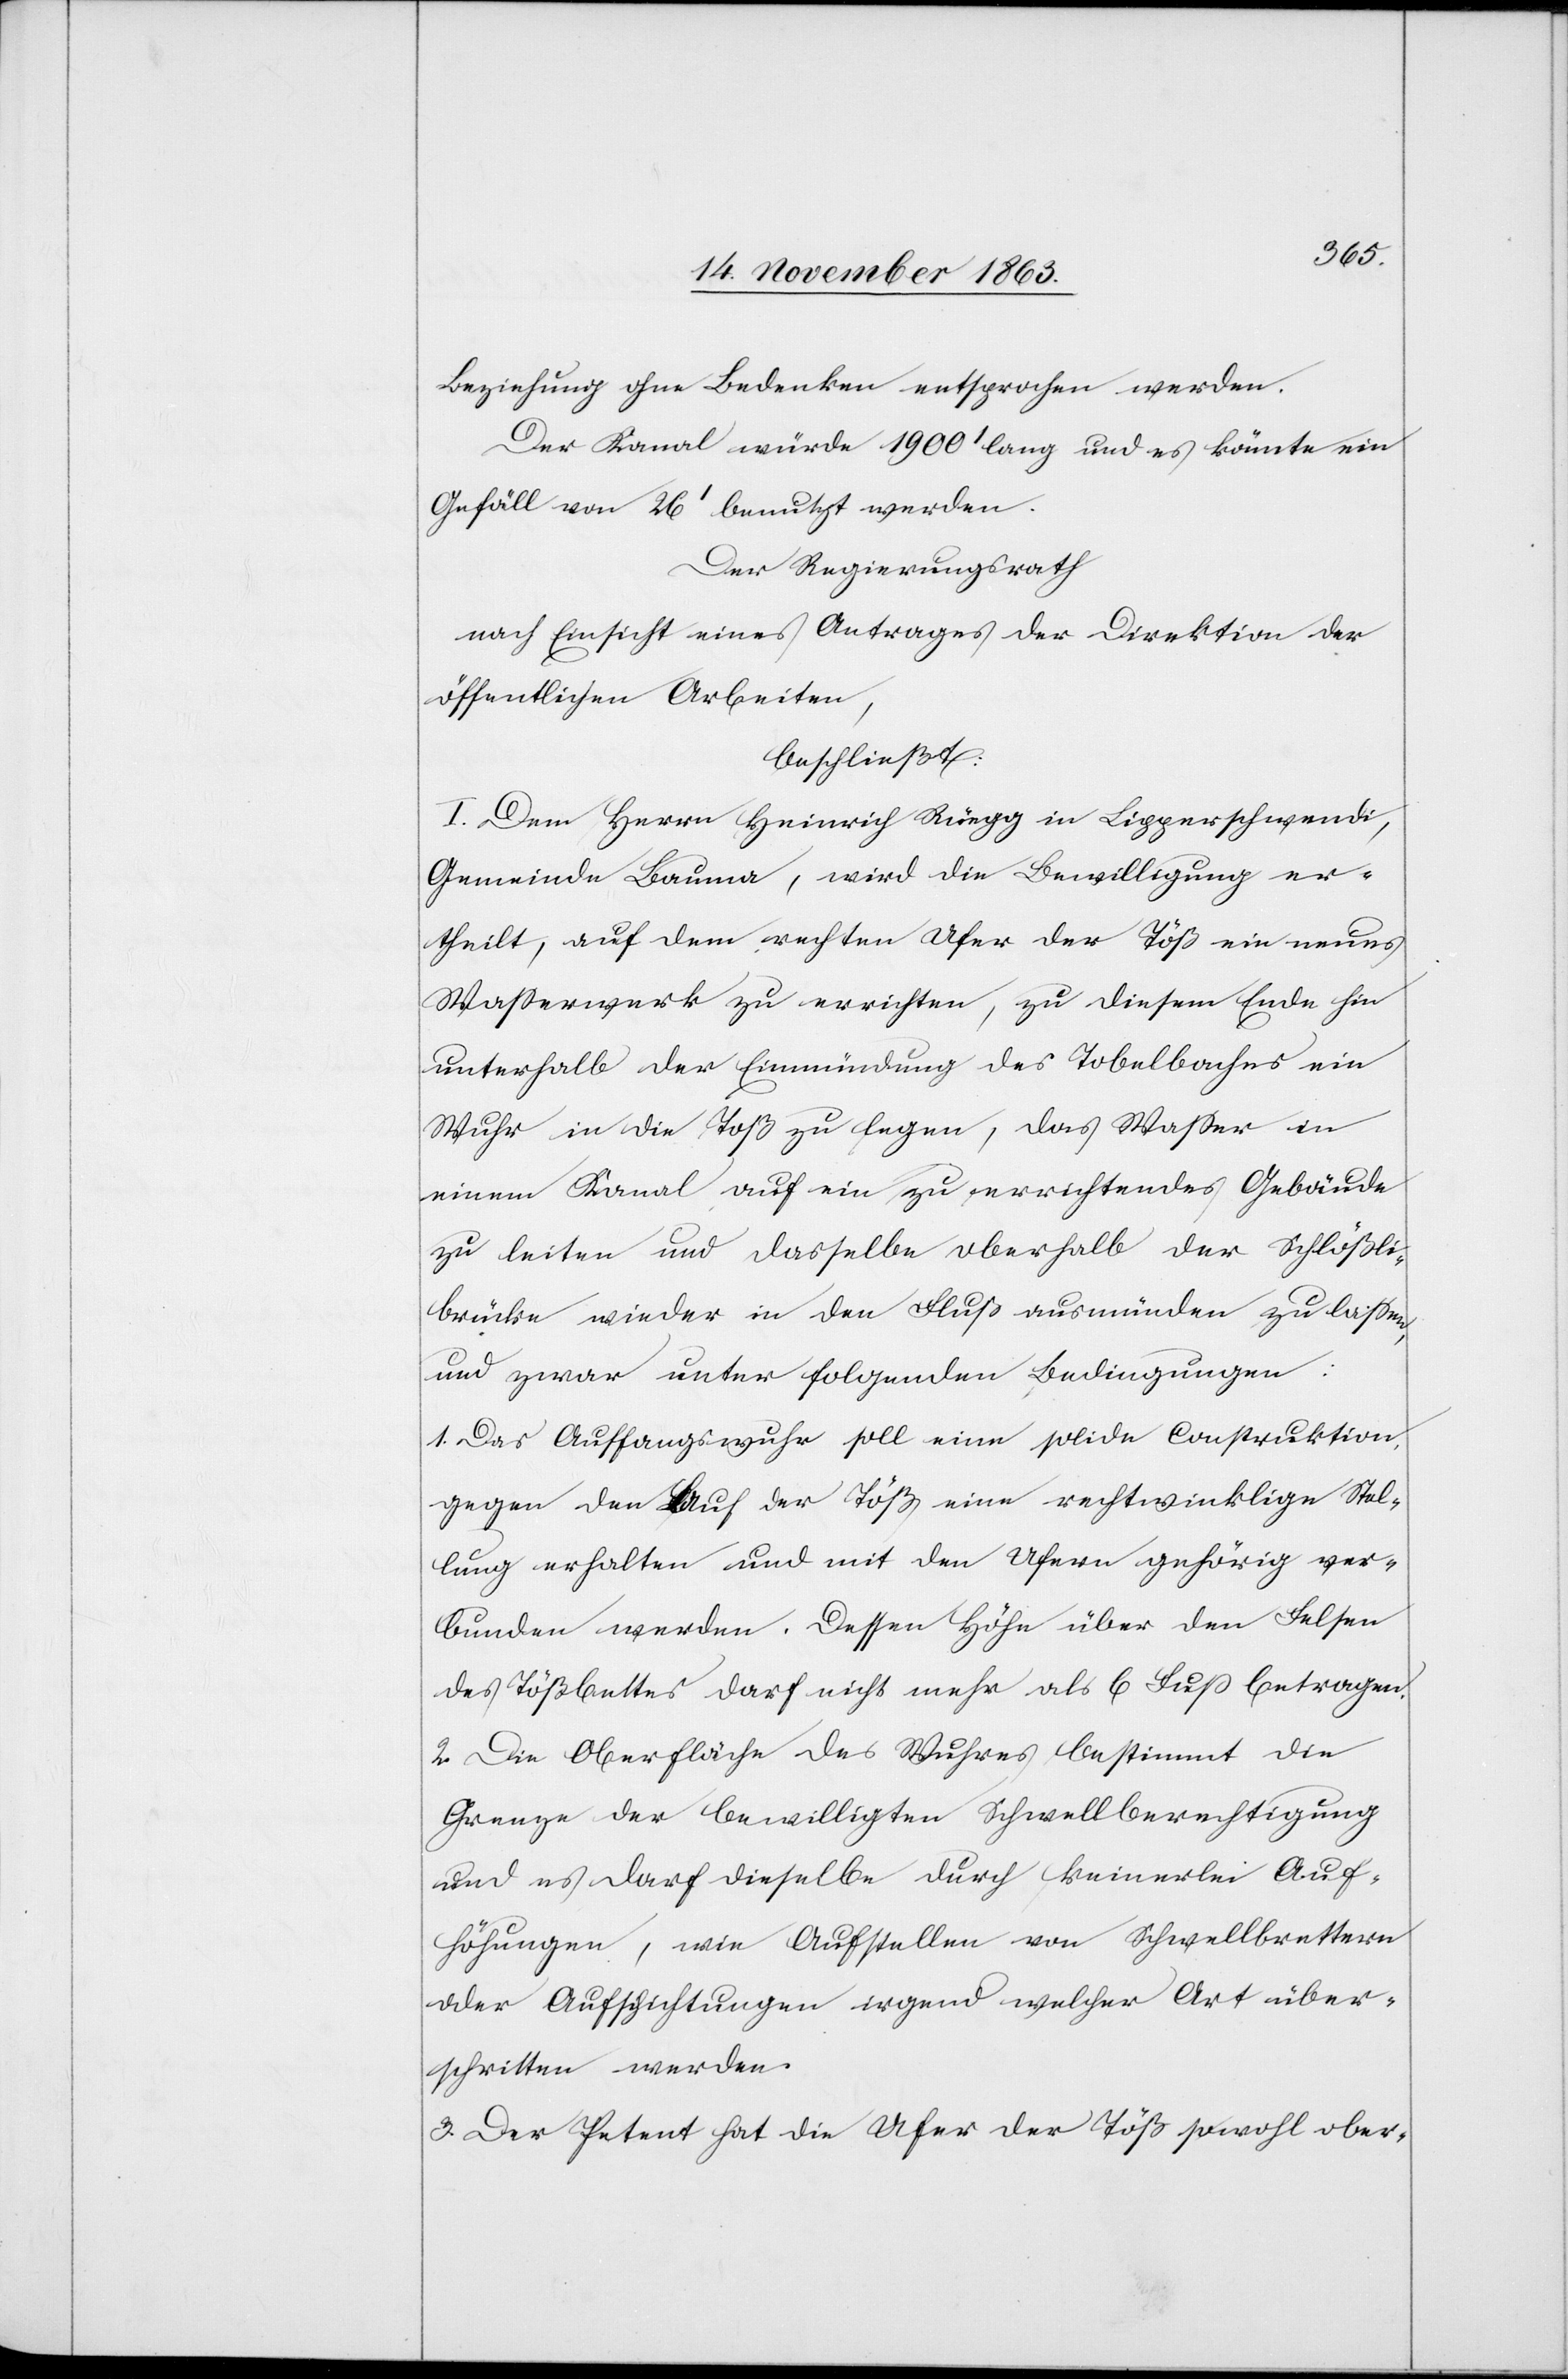
Beziehung ohne Bedenken entsprochen werden.
Der Kanal würde 1900' lang und es könnte ein
Gefäll von 26' benutzt werden.
Der Regierungsrath
nach Einsicht eines Antrages der Direktion der
öffentlichen Arbeiten,
beschließt:
I. Dem Herrn Heinrich Rüegg in Lipperschwendi,
Gemeinde Bauma, wird die Bewilligung er¬
theilt, auf dem rechten Ufer der Töß ein neues
Wasserwerk zu errichten, zu diesem Ende hin
unterhalb der Einmündung des Tobelbaches ein
Wuhr in die Toß [sic!] zu legen, das Wasser in
einem Kanal auf ein zu errichtendes Gebäude
zu leiten und dasselbe oberhalb der Schlößli¬
brücke wieder in den Fluß ausmünden zu lassen,
und zwar unter folgenden Bedingungen:
1. Das Auffangswuhr soll eine solide Construktion,
gegen den Lauf der Töß eine rechtwinklige Stel¬
lung erhalten und mit den Ufern gehörig ver¬
bunden werden. Dessen Höhe über den Felsen
des Tößbettes darf nicht mehr als 6 Fuss betragen.
2. Die Oberfläche des Wuhres bestimmt die
Grenze der bewilligten Schwellberechtigung
und es darf dieselbe durch keinerlei Auf¬
höhungen, wie Aufstellen von Schwellbrettern
oder Aufschichtungen irgend welcher Art über¬
schritten werden.
3. Der Petent hat die Ufer der Töß sowohl ober-